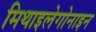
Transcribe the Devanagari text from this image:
मिथाइलेगोनाइन